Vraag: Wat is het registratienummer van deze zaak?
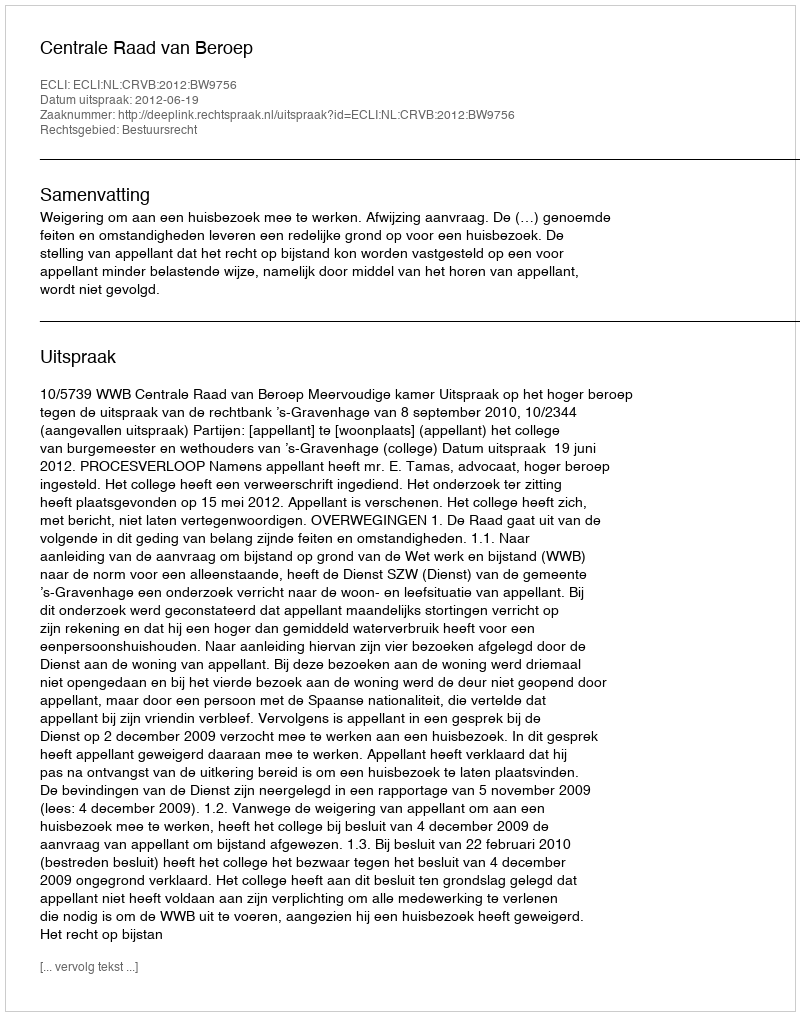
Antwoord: http://deeplink.rechtspraak.nl/uitspraak?id=ECLI:NL:CRVB:2012:BW9756